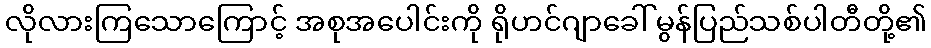
လိုလားကြသောကြောင့် အစုအပေါင်းကို ရိုဟင်ဂျာခေါ် မွန်ပြည်သစ်ပါတီတို့၏